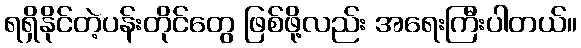
ရရှိနိုင်တဲ့ပန်းတိုင်တွေ ဖြစ်ဖို့လည်း အရေးကြီးပါတယ်။